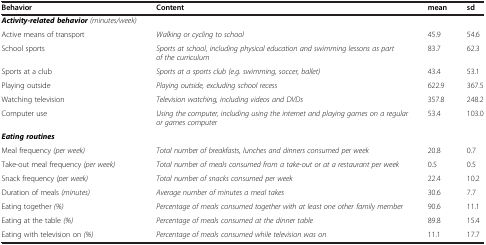
<table><thead><tr><td><b>Behavior</b></td><td><b>Content</b></td><td><b>mean</b></td><td><b>sd</b></td></tr></thead><tbody><tr><td><b> <i>Activity-related behavior</i> </b><i>(minutes/week)</i></td><td> </td><td> </td><td> </td></tr><tr><td>Active means of transport</td><td><i>Walking or cycling to school</i></td><td>45.9</td><td>54.6</td></tr><tr><td>School sports</td><td><i>Sports at school, including physical education and swimming lessons as part of the curriculum</i></td><td>83.7</td><td>62.3</td></tr><tr><td>Sports at a club</td><td><i>Sports at a sports club (e.g. swimming, soccer, ballet)</i></td><td>43.4</td><td>53.1</td></tr><tr><td>Playing outside</td><td><i>Playing outside, excluding school recess</i></td><td>622.9</td><td>367.5</td></tr><tr><td>Watching television</td><td><i>Television watching, including videos and DVDs</i></td><td>357.8</td><td>248.2</td></tr><tr><td>Computer use</td><td><i>Using the computer, including using the internet and playing games on a regular or games computer</i></td><td>53.4</td><td>103.0</td></tr><tr><td><b> <i>Eating routines</i> </b></td><td> </td><td> </td><td> </td></tr><tr><td>Meal frequency <i>(per week)</i></td><td><i>Total number of breakfasts, lunches and dinners consumed per week</i></td><td>20.8</td><td>0.7</td></tr><tr><td>Take-out meal frequency <i>(per week)</i></td><td><i>Total number of meals consumed from a take-out or at a restaurant per week</i></td><td>0.5</td><td>0.5</td></tr><tr><td>Snack frequency <i>(per week)</i></td><td><i>Total number of snacks consumed per week</i></td><td>22.4</td><td>10.2</td></tr><tr><td>Duration of meals <i>(minutes)</i></td><td><i>Average number of minutes a meal takes</i></td><td>30.6</td><td>7.7</td></tr><tr><td>Eating together <i>(%)</i></td><td><i>Percentage of meals consumed together with at least one other family member</i></td><td>90.6</td><td>11.1</td></tr><tr><td>Eating at the table <i>(%)</i></td><td><i>Percentage of meals consumed at the dinner table</i></td><td>89.8</td><td>15.4</td></tr><tr><td>Eating with television on <i>(%)</i></td><td><i>Percentage of meals consumed while television was on</i></td><td>11.1</td><td>17.7</td></tr></tbody></table>